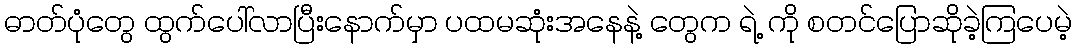
ဓာတ်ပုံတွေ ထွက်ပေါ်လာပြီးနောက်မှာ ပထမဆုံးအနေနဲ့ တွေက ရဲ့ ကို စတင်ပြောဆိုခဲ့ကြပေမဲ့